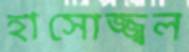
হাসোজ্জ্বল